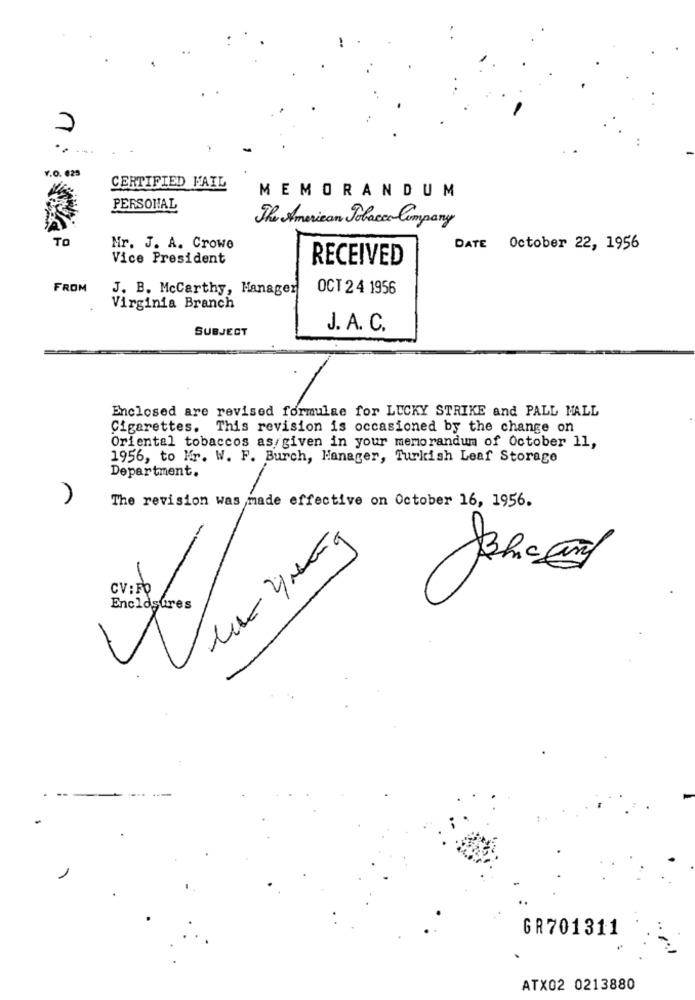
n:
Y.O. 625
CERTIFIED MAIL
MEMORANDUM
PERSONAL
The American Tobacco Company
TO
Mr. J. A. Crowe
DATE
October 22, 1956
Vice President
RECEIVED
FROM
J. B. Mccarthy, Manager
OCT 2 4 1956
Virginia Branch
SUBJECT
J. A. C.
Enclosed are revised formulae for LUCKY STRIKE and PALL MALL
Cigarettes. This revision is occasioned by the change on
Oriental tobaccos as/given in your memorandum of October 11,
1956, to Mr. W. F. Burch, Hanager, Turkish Leaf Storage
Department.
The revision was made effective on October 16, 1956.
-
CV: Fb
GR701311
ATX02 0213880